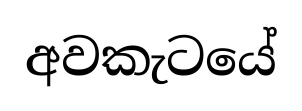
අවකැටයේ